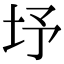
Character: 㘧